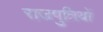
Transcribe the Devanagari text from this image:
राजपुत्रियों